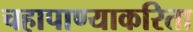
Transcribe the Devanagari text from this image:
चहापाण्याकरिता